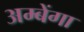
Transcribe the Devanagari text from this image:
अम्बेंगा